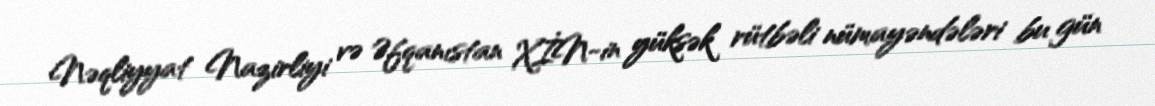
Nəqliyyat Nazirliyi və Əfqanıstan XİN-in yüksək rütbəli nümayəndələri bu gün